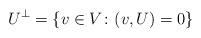
LaTeX: \begin{align*}U^{\perp}=\{v\in V\colon (v,U)=0\}\end{align*}